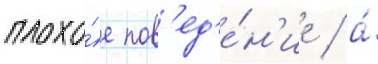
плохо́е пов'ед'е́н'ие / а́